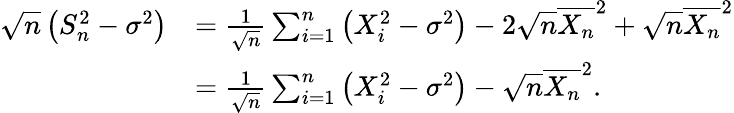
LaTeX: \begin{array}{rl}{\sqrt n\left(S_{n}^{2}-\sigma^{2}\right)}&{=\frac 1{\sqrt n}\sum_{i=1}^{n}\left(X_{i}^{2}-\sigma^{2}\right)-2\sqrt n\overline{{X_{n}}}^{2}+\sqrt n\overline{{X_{n}}}^{2}}\\ &{=\frac 1{\sqrt n}\sum_{i=1}^{n}\left(X_{i}^{2}-\sigma^{2}\right)-\sqrt n\overline{{X_{n}}}^{2}.}\end{array}